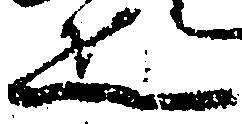
疋